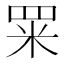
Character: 䍘